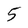
Character: 5